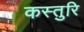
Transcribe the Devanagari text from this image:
कस्तुरि